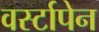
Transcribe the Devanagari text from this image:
वर्स्टापेन